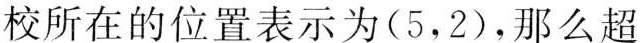
校所在的位置表示为(5，2)，那么超